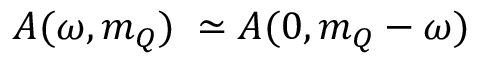
{ \cal A } ( \omega , m _ { Q } ) \; \simeq { \cal A } ( 0 , m _ { Q } - \omega )